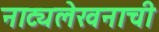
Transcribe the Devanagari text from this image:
नाट्यलेखनाची